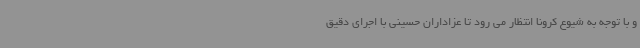
و با توجه به شیوع کرونا انتظار می رود تا عزاداران حسینی با اجرای دقیق